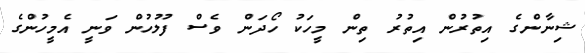
ޝިނާންގެ އިތުރުން އިތުރު ތިން މީހަކު ހޯދަން ވެސް ފުލުހުން ވަނީ އެމީހުންގެ